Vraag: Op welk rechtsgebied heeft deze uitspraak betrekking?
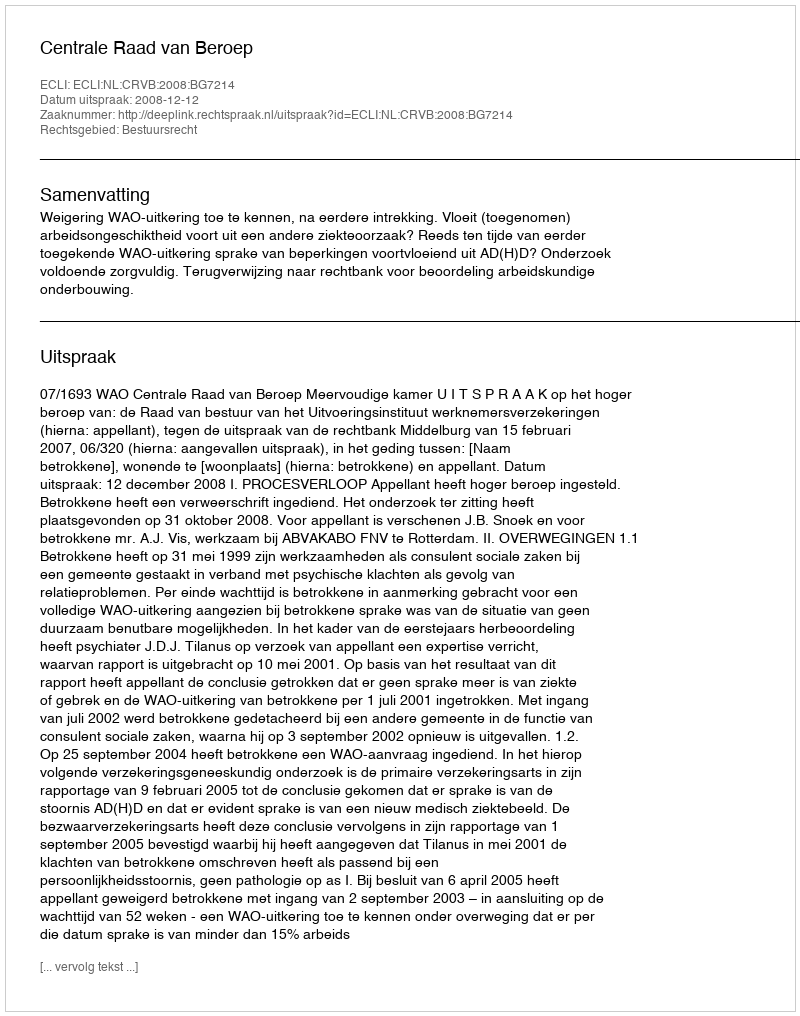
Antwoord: Bestuursrecht